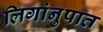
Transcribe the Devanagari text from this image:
लिगांनुपात